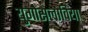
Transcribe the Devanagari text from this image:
युगोसलाविया